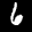
Label: 6